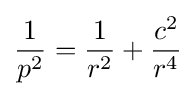
{\frac {1}{p^{2}}}={\frac {1}{r^{2}}}+{\frac {c^{2}}{r^{4}}}